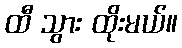
ထီ သွား ထိုးမယ်။